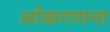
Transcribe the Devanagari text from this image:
लोकगणना